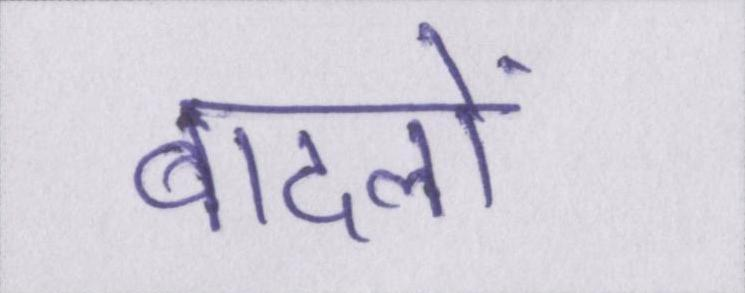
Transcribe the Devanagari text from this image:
बादलों